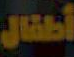
أطفال